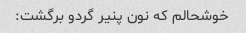
خوشحالم که نون پنیر گردو برگشت: